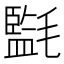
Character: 㲯